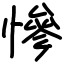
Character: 慘